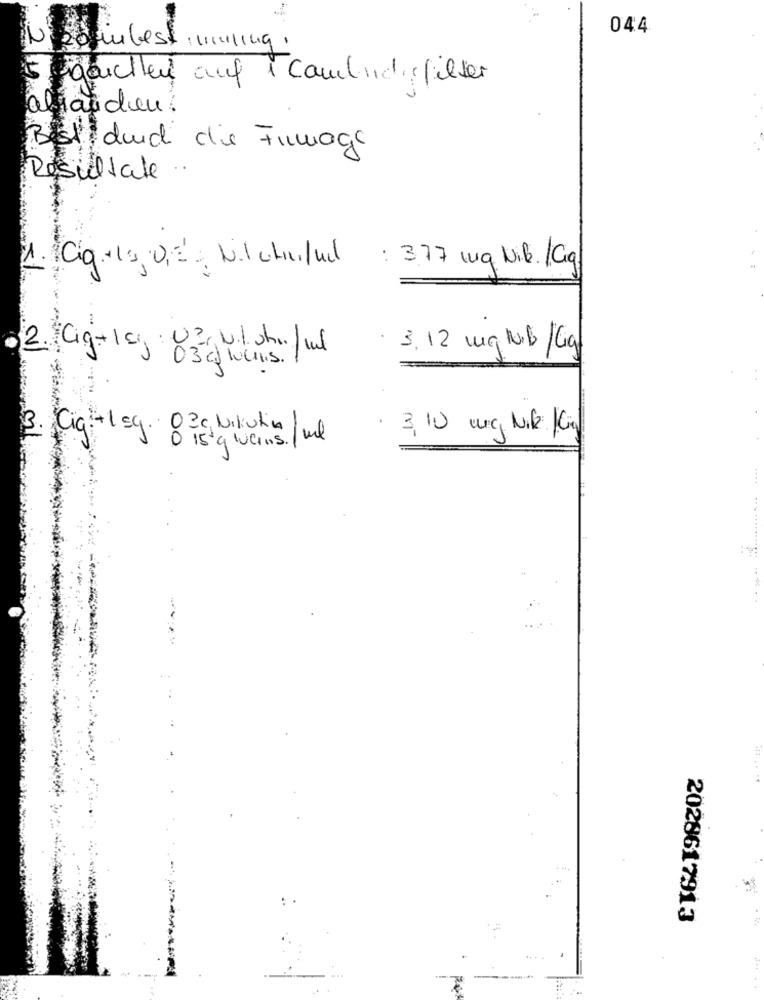
044
5 gauche auf 1 Cambridge filter
abranden.
Best durch die Fumage
Resultate
: 3.77 mq Nib. /Giq
1. Cig.1, 0,2 Milchini/ud
. 3.12 mg ND/Gig.
03 c) wuchs.
· 3, 10 ung Nike Ging
· 02c Nikulina / ml
3. Cia: + 1 =g. 0 is a wains. ]
2028617913
.. . .